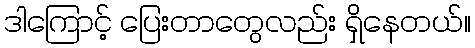
ဒါကြောင့် ပြေးတာတွေလည်း ရှိနေတယ်။